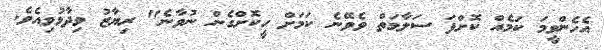
އެހެންވީމަ ކަމެއް ކޮށްފަ ސަލާމަތް ވެވޭނެ ކަމަށް ހީކޮށްގެން ނުވާނެ" ރިޔާޒު ވިދާޅުވިއެވެ.